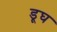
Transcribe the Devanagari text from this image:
डूघ